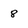
Character: 8